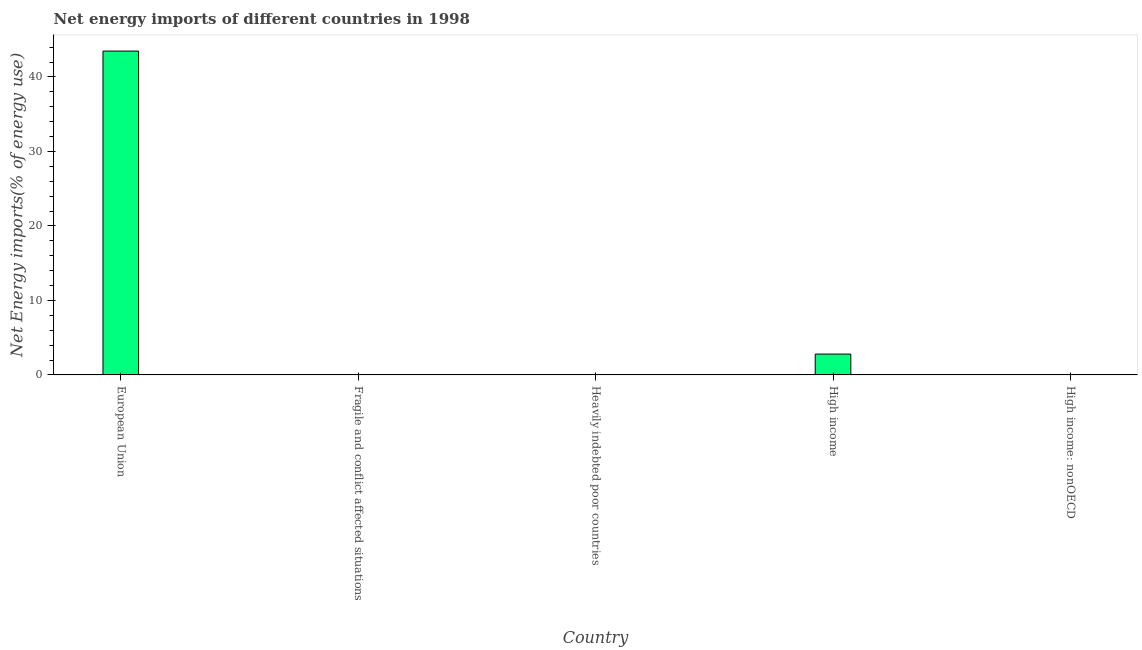
| Country | Energy imports |
 | --- | --- |
 | European Union | 43.5 |
 | Fragile and conflict affected situations | -132 |
 | Heavily indebted poor countries | -8.01 |
 | High income | 2.8 |
 | High income: nonOECD | -113 |